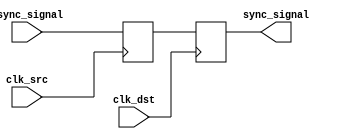
module dual_flip_flop_synchronizer (
    input wire clk_src,       // Source clock (higher frequency)
    input wire clk_dst,       // Destination clock (lower frequency)
    input wire async_signal,   // Asynchronous input signal to be synchronized
    output reg sync_signal     // Synchronized output signal
);

    // Internal wire to hold the output of the first flip-flop
    reg ff1_out;

    // First flip-flop: samples the input signal on the source clock
    always @(posedge clk_src) begin
        ff1_out <= async_signal; // Capture the asynchronous signal
    end

    // Second flip-flop: samples the output of the first flip-flop on the destination clock
    always @(posedge clk_dst) begin
        sync_signal <= ff1_out;   // Capture the output of the first flip-flop
    end

endmodule